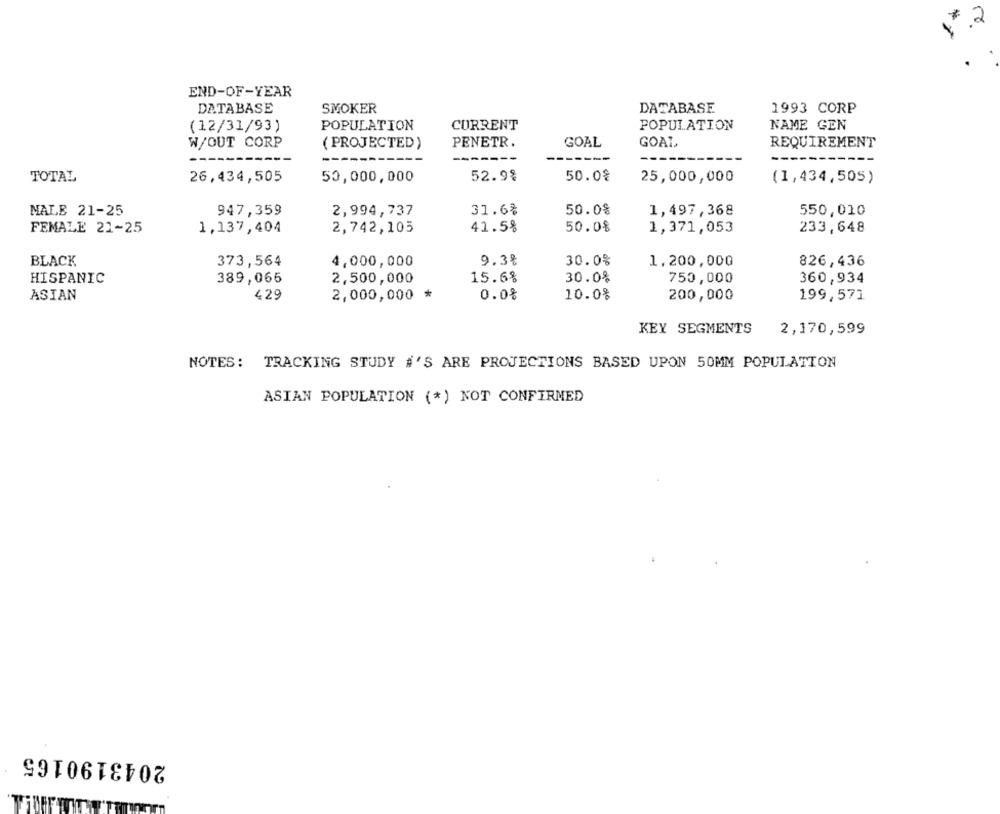
2
END-OF-YEAR
DATABASE
SMOKER
DATABASE
1993 CORP
(12/31/93)
POPULATION
CURRENT
POPULATION
NAME GEN
W/OUT CORP
( PROJECTED)
PENETR.
GOAL
GOAL
REQUIREMENT
--
TOTAL
26,434,505
50,000,000
52.9%
50.0%
25,000,000
(1,434,505)
NALE 21-25
947,359
2,994,737
31.6%
50.08
1,497,368
550,010
41.5%
50.0%
1,371,053
233,648
FEMALE 21-25
1,137,404
2,742,105
9.3%
30.0%
1.200,000
BLACK
373,564
4,000,000
826,436
15.6%
30.0%
HISPANIC
389,066
2,500,000
750,000
360,934
*
ASIAN
429
2,000,000
0.0%
10.0%
200,000
199,571
KEY SEGMENTS
2,170,599
NOTES: TRACKING STUDY #'S ARE PROJECTIONS BASED UPON 50MM POPULATION
ASIAN POPULATION (*) NOT CONFIRMED
2043190165